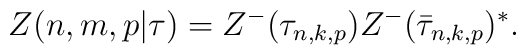
Z(n,m,p|\tau)=Z^{-}(\tau_{n,k,p})Z^{-}(\bar{\tau}_{n,k,p})^{*}.